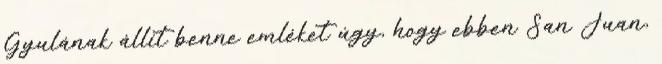
Gyulának állít benne emléket úgy, hogy ebben San Juan,